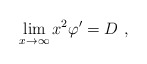
\begin{align*}\lim_{x \rightarrow \infty} x^2 \varphi' = D\ ,\end{align*}